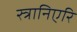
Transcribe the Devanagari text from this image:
स्त्रानिएरि